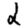
Digit: 2